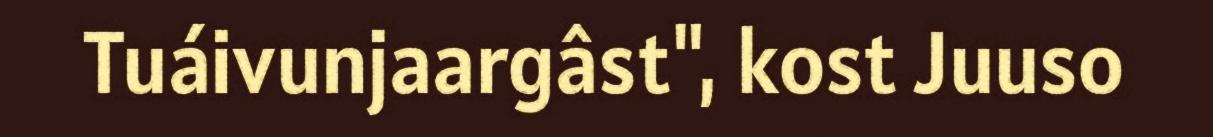
Tuáivunjaargâst", kost Juuso